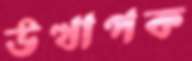
উত্থাপক